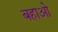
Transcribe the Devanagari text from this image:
बहाओ